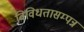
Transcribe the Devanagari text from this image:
विविधतासम्पन्न